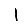
Digit: 1